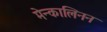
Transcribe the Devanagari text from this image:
मेन्कालिनन